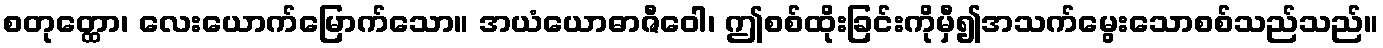
စတုတ္ထော၊ လေးယောက်မြောက်သော။ အယံယောဓာဇီဝေါ၊ ဤစစ်ထိုးခြင်းကိုမှီ၍အသက်မွေးသောစစ်သည်သည်။